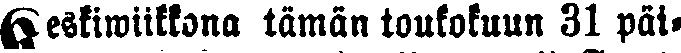
keskiwiikkona tämän toukokuun 31 päi-